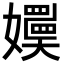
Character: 嬽